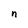
Character: n